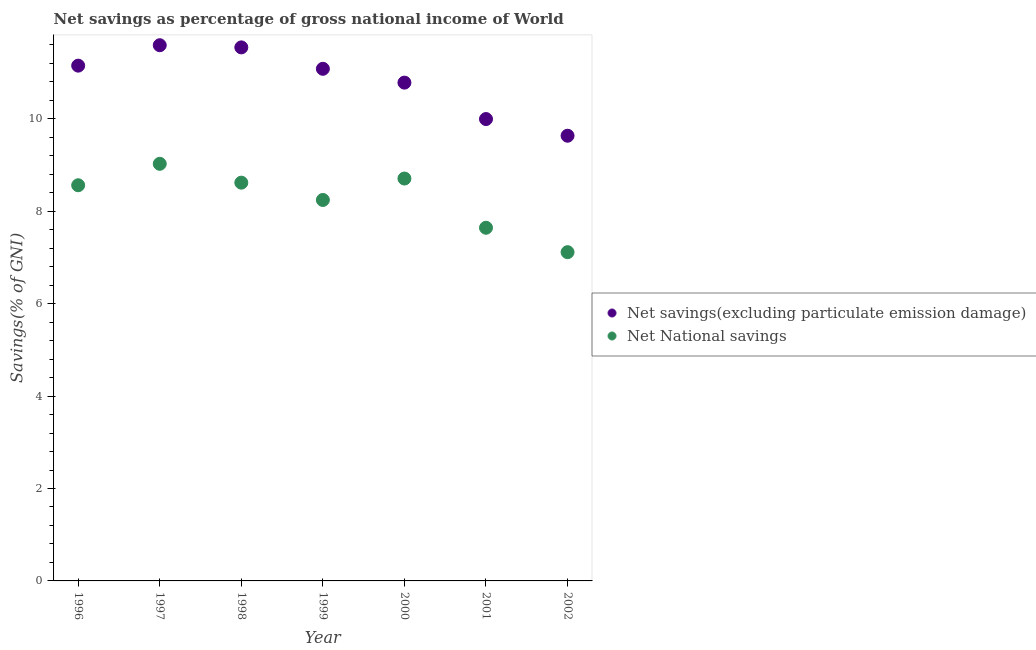
| Year | Net savings(excluding particulate emission damage) | Net National savings |
 | --- | --- | --- |
 | 1996 | 11.2 | 8.56 |
 | 1997 | 11.6 | 9.03 |
 | 1998 | 11.5 | 8.62 |
 | 1999 | 11.1 | 8.24 |
 | 2000 | 10.8 | 8.71 |
 | 2001 | 9.99 | 7.64 |
 | 2002 | 9.63 | 7.11 |